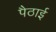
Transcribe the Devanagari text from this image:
पैठाई